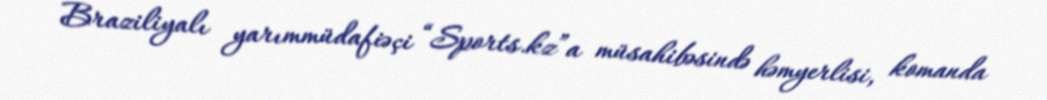
Braziliyalı yarımmüdafiəçi “Sports.kz”a müsahibəsində həmyerlisi, komanda